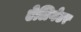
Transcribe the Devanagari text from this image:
ऐलिगेटर